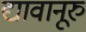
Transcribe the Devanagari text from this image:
द्यावानूरु